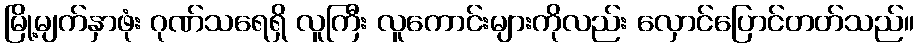
မြို့မျက်နှာဖုံး ဂုဏ်သရေရှိ လူကြီး လူကောင်းများကိုလည်း လှောင်ပြောင်တတ်သည်။